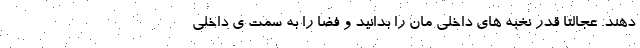
دهند. عجالتاً قدر نخبه های داخلی مان را بدانید و فضا را به سمت ی داخلی